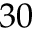
3 0